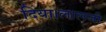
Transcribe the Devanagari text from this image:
दिया।लालजी